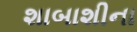
શાબાશીના